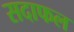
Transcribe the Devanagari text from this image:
सदाफल